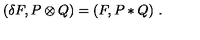
( \delta F , P \otimes Q ) = ( F , P * Q ) \ .